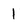
Character: 1